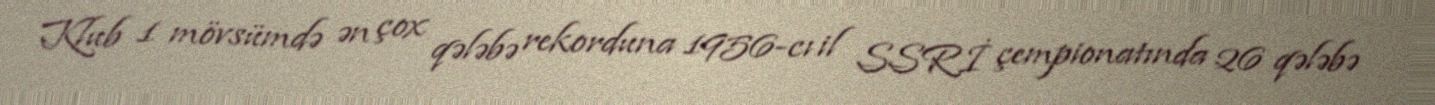
Klub 1 mövsümdə ən çox qələbə rekorduna 1956-cı il SSRİ çempionatında 26 qələbə